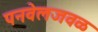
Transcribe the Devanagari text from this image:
पनवेलजवळ